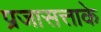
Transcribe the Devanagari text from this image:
प्रजासत्ताके